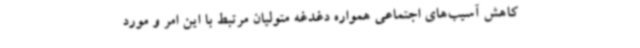
کاهش آسیب‌های اجتماعی همواره دغدغه متولیان مرتبط با این امر و مورد